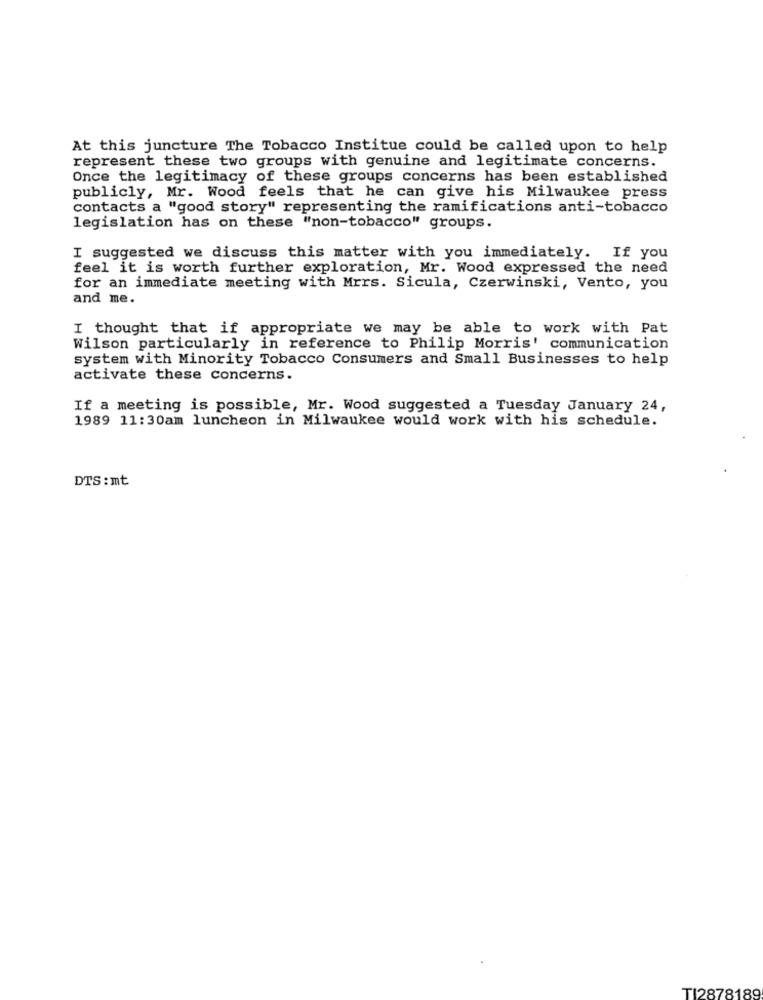
At this juncture The Tobacco Institue could be called upon to help
represent these two groups with genuine and legitimate concerns.
Once the legitimacy of these groups concerns has been established
publicly, Mr. Wood feels that he can give his Milwaukee press
contacts a "good story" representing the ramifications anti-tobacco
legislation has on these "non-tobacco" groups.
I suggested we discuss this matter with you immediately. If you
feel it is worth further exploration, Mr. Wood expressed the need
for an immediate meeting with Mrrs. Sicula, Czerwinski, Vento, you
and me.
I thought that if appropriate we may be able to work with Pat
Wilson particularly in reference to Philip Morris' communication
system with Minority Tobacco Consumers and Small Businesses to help
activate these concerns.
If a meeting is possible, Mr. Wood suggested a Tuesday January 24,
1989 11:30am luncheon in Milwaukee would work with his schedule.
DTS : mt
TI2878189